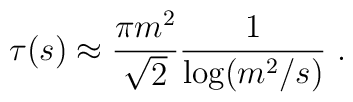
\tau(s) \approx \frac{\pi m^2}{\sqrt{2}} \frac{1}{\log (m^2/s)} \ .